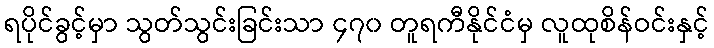
ရပိုင်ခွင့်မှာ သွတ်သွင်းခြင်းသာ ၄၇၀ တူရကီနိုင်ငံမှ လူထုစိန်ဝင်းနှင့်